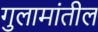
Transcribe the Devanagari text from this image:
गुलामांतील